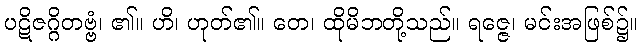
ပဋိဇဂ္ဂိတဗ္ဗံ၊ ၏။ ဟိ၊ ဟုတ်၏။ တေ၊ ထိုမိဘတို့သည်။ ရဇ္ဇေ၊ မင်းအဖြစ်၌။